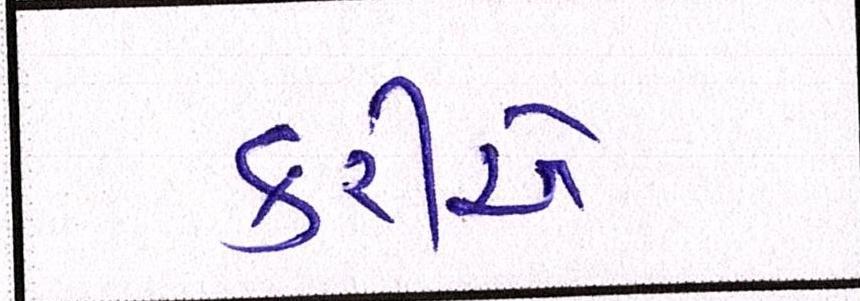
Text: કરીએ